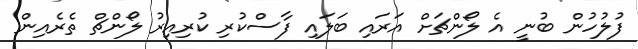
ފުލުހުން ބުނީ އެ ލޯންޗަށް އަރައި ބަލައި ފާސްކުރި ކުރިއިރު ލޯންޗް ތެރެއިން